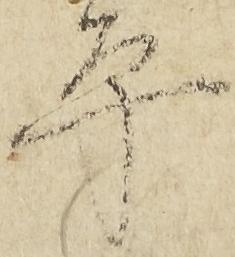
平